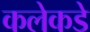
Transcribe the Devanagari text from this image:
कलेकडे